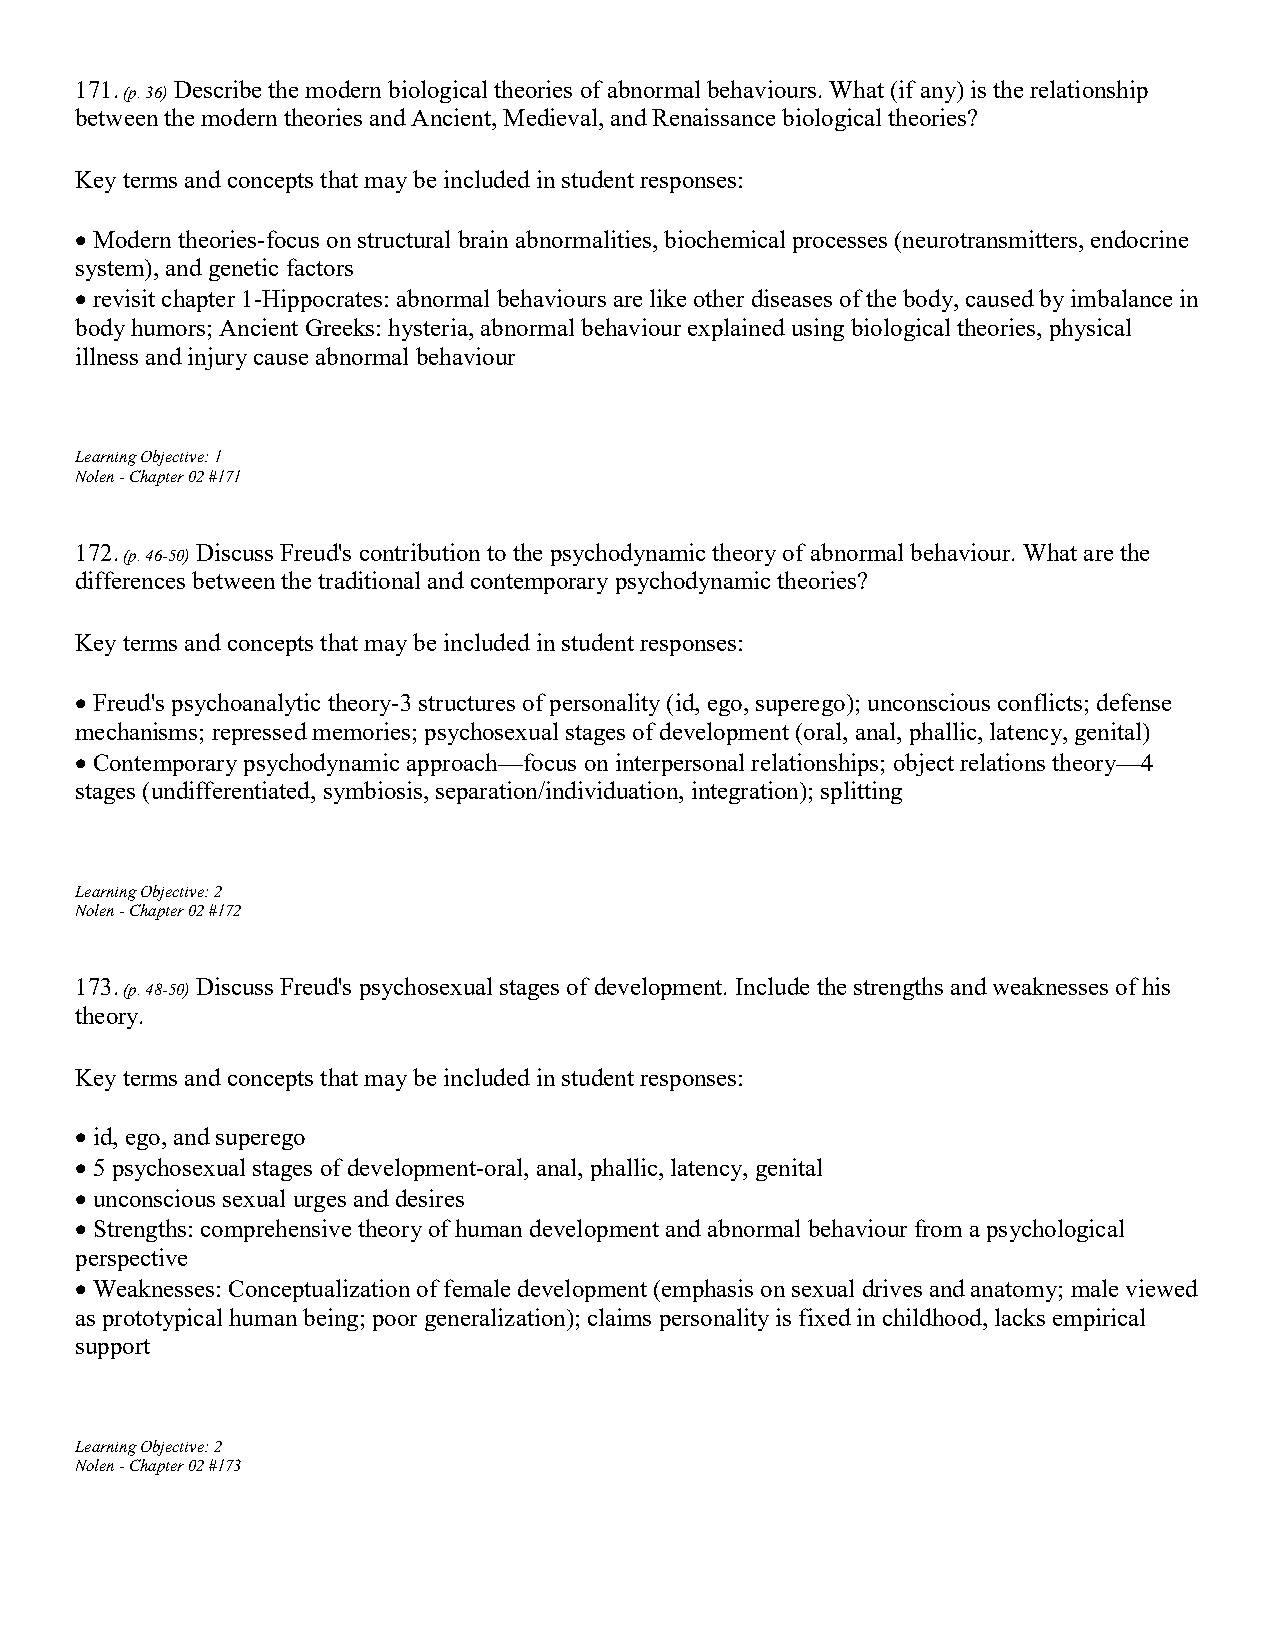
171.   Describe the modern biological theories of abnormal behaviours. What (if any) is the relationship
 (p. 36)
 between the modern theories and Ancient, Medieval, and Renaissance biological theories?
 Key terms and concepts that may be included in student responses:
  Modern theories-focus on structural brain abnormalities, biochemical processes (neurotransmitters, endocrine
 system), and genetic factors
  revisit chapter 1-Hippocrates: abnormal behaviours are like other diseases of the body, caused by imbalance in
 body humors; Ancient Greeks: hysteria, abnormal behaviour explained using biological theories, physical
 illness and injury cause abnormal behaviour
 Learning Objective: 1
 Nolen - Chapter 02 #171
 172.    Discuss Freud's contribution to the psychodynamic theory of abnormal behaviour. What are the
 (p. 46-50)
 differences between the traditional and contemporary psychodynamic theories?
 Key terms and concepts that may be included in student responses:
  Freud's psychoanalytic theory-3 structures of personality (id, ego, superego); unconscious conflicts; defense
 mechanisms; repressed memories; psychosexual stages of development (oral, anal, phallic, latency, genital)
  Contemporary psychodynamic approach—focus on interpersonal relationships; object relations theory—4
 stages (undifferentiated, symbiosis, separation/individuation, integration); splitting
 Learning Objective: 2
 Nolen - Chapter 02 #172
 173.    Discuss Freud's psychosexual stages of development. Include the strengths and weaknesses of his
 (p. 48-50)
 theory.
 Key terms and concepts that may be included in student responses:
  id, ego, and superego
  5 psychosexual stages of development-oral, anal, phallic, latency, genital
  unconscious sexual urges and desires
  Strengths: comprehensive theory of human development and abnormal behaviour from a psychological
 perspective
  Weaknesses: Conceptualization of female development (emphasis on sexual drives and anatomy; male viewed
 as prototypical human being; poor generalization); claims personality is fixed in childhood, lacks empirical
 support
 Learning Objective: 2
 Nolen - Chapter 02 #173